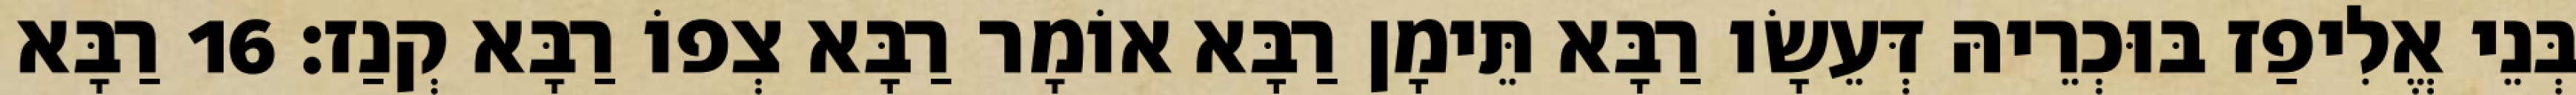
בְּנֵי אֱלִיפַז בּוּכְרֵיהּ דְּעֵשָׂו רַבָּא תֵּימָן רַבָּא אוֹמָר רַבָּא צְפוֹ רַבָּא קְנַז׃ 16 רַבָּא